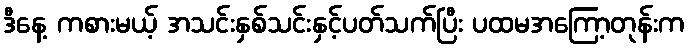
ဒီနေ့ ကစားမယ့် အသင်းနှစ်သင်းနှင့်ပတ်သက်ပြီး ပထမအကြော့တုန်းက